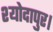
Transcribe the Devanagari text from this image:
श्योदापुर।